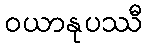
ဝယာနုပဿီ